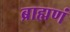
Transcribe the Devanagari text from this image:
ब्राह्मणं